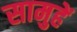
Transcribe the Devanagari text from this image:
सामुहें